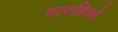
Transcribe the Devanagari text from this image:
हारुहिको